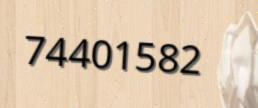
74401582